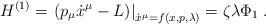
LaTeX: \begin{align*}H^{(1)}=\left. \left( p_{\mu }\dot{x}^{\mu }-L\right) \right| _{\dot{x}^{\mu}=f(x,p,\lambda )}=\zeta \lambda \Phi _{1}\;. \end{align*}